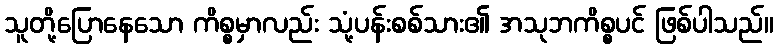
သူတို့ပြောနေသော ကိစ္စမှာလည်း သုံ့ပန်းစစ်သား၏ အသုဘကိစ္စပင် ဖြစ်ပါသည်။